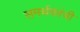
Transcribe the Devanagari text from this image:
समर्थकांची